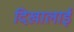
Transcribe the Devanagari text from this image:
दिखालाई